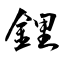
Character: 鋰